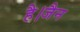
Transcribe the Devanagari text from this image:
है।जैन